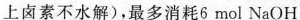
上卤素不水解)，最多消耗6mol NaOH